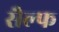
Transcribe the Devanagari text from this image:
सैल्फ